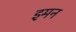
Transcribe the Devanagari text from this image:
इमन